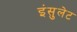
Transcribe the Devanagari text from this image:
इंसुलेट